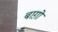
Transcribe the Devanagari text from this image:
बाग़ो